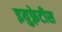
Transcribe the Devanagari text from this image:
इयुफ़्रेटीस